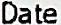
DATE